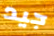
جيد